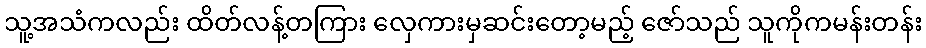
သူ့အသံကလည်း ထိတ်လန့်တကြား လှေကားမှဆင်းတော့မည့် ဇော်သည် သူကိုကမန်းတန်း